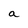
Character: a